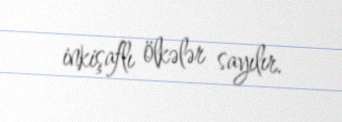
inkişaflı ölkələr sayılır.